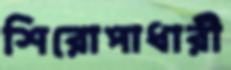
শিরোপাধারী